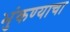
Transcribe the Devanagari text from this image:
भुंकण्याचा